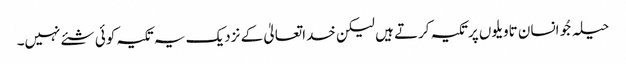
حیلہ جُو انسان تاویلوں پرتکیہ کرتے ہیں لیکن خداتعالیٰ کے نزدیک یہ تکیہ کوئی شئے نہیں۔